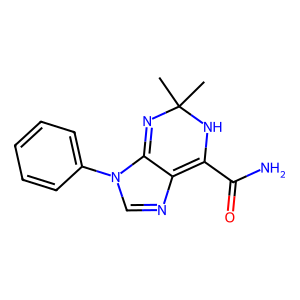
SMILES: CC1(C)N=c2c(ncn2-c2ccccc2)=C(C(N)=O)N1
Inhibits HIV replication: No